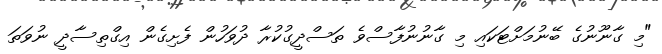
"މި ގާނޫނުގެ ބޭނުމަށްޓަކައި މި ގާނުނުފާސްވެ ތަސްދީގުކުރާ ދުވަހުން ފެށިގެން އިގްތިސާދީ ނުވަތަ